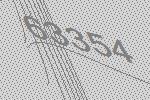
63354